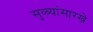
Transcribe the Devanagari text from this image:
सुळ्यांसारखे